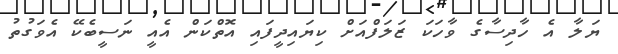
ޔަލާ އެ ހާދިސާގެ ވާހަކަ ޒަލަފްއަށް ކިޔައިދީފައި އޮތްކަން އެއީ ނަސީބެކޭ އެވަގުތު